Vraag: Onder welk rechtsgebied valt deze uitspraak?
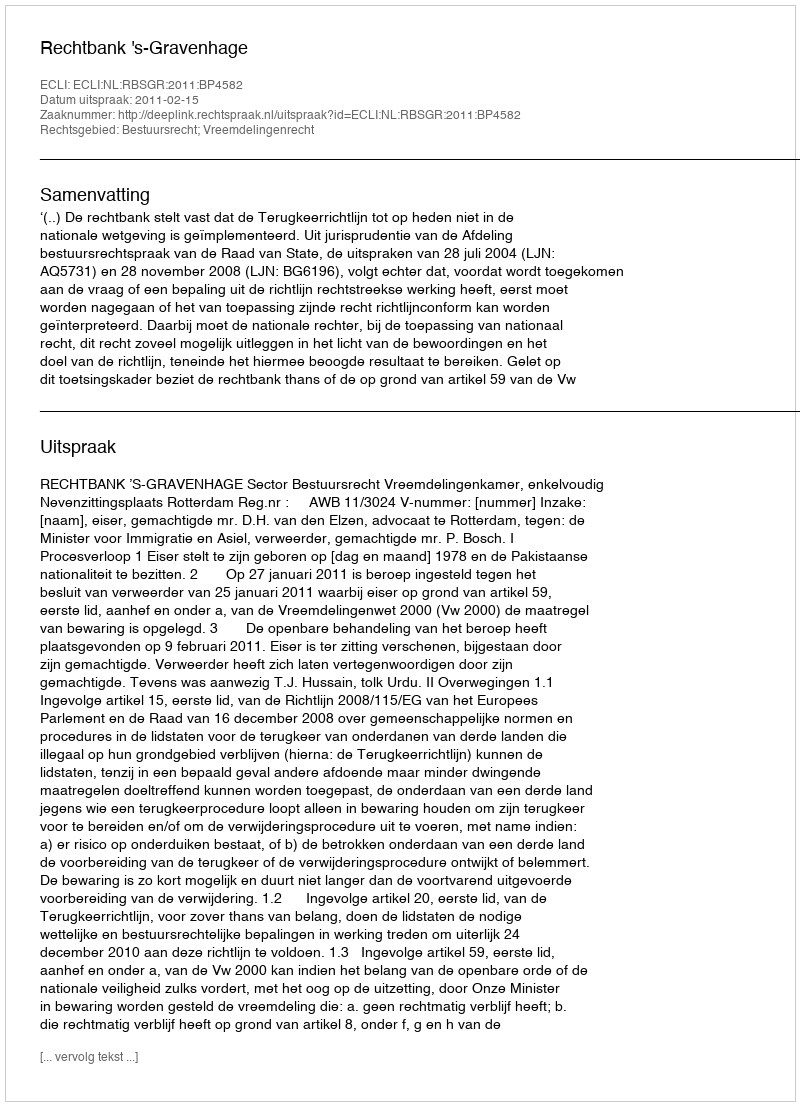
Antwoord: Bestuursrecht; Vreemdelingenrecht